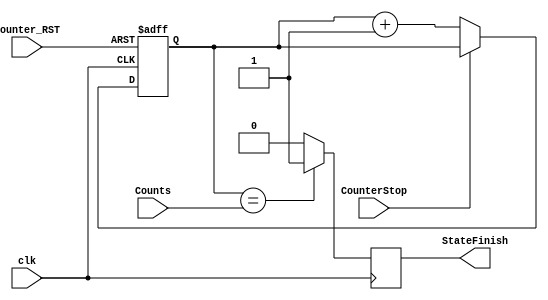
module Counter #(
    parameter FillingWaterTimeInSec=9'b001111000,WashingTimeInSec=9'b100101100,
              RinsingTimeInSec=9'b001111000,SpinningTimeInSec=9'b000111100,
              clk_freq_1=4'b0001,clk_freq_2=2*clk_freq_1,
              clk_freq_3=4*clk_freq_1,clk_freq_4=8*clk_freq_1
) (
    //*Declaring the input and output ports of the module.
    input wire Counter_RST,
    input wire clk,
    input wire [31:0] Counts,
    input wire CounterStop,
    output reg StateFinish 

);

reg [31:0] Counter;

//*This is a sequential logic block. It is triggered by the rising edge of the clock signal or the falling edge of the reset signal. 
//*If the reset signal is low, the counter is set to zero. 
//*If the counter stop signal is low, the counter is incremented by one. Otherwise, the counter is not changed.
always @(posedge clk or negedge Counter_RST) begin
    if (!Counter_RST) begin
        Counter<='b0;
    end else if(!CounterStop) begin
        Counter<=Counter+1'b1;
    end else begin
        Counter<=Counter;
    end
    
end

//*This is a sequential logic block. It is triggered by the rising edge of the clock signal.
//*If the counter reaches the input counts, the StateFinish is asserted . Otherwise, the StateFinish remains 0

always @(posedge clk) begin
    if (Counter==Counts) begin
        StateFinish<=1'b1;
    end else begin
         StateFinish<=1'b0;
    end
    
end
endmodule